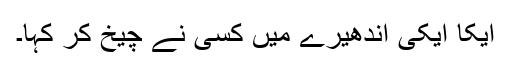
ایکا ایکی اندھیرے میں کسی نے چیخ کر کہا۔